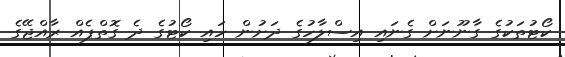
ކޯޓުތަކުގެ ގާނޫނަށް ގެނައި އިސްލާހުގެ ދަށުން ހައި ކޯޓުގެ ދެ ގޮތްޕެއް ރާއްޖޭގެ